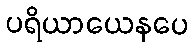
ပရိယာယေနပေ